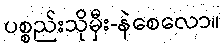
ပစ္စည်းသိုမှီး-နဲစေလော။